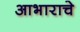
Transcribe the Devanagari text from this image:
आभाराचे